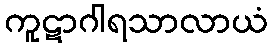
ကူဋာဂါရသာလာယံ